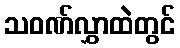
သဝဏ်လွှာထဲတွင်